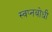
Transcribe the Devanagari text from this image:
स्वप्नबोधी